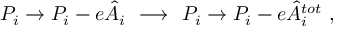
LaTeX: P _ { i } \to P _ { i } - e \hat { A } _ { i } \ \ { \bf { \longrightarrow } } \ \ P _ { i } \to P _ { i } - e \hat { A } _ { i } ^ { t o t } \ ,